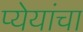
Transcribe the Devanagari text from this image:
प्येयांचा